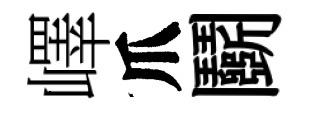
嶧爪鬬